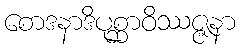
စောဒနာဒိပုစ္ဆာဝိဿဇ္ဇနာ